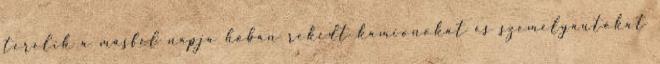
terelik a másfél napja hóban rekedt kamionokat és személyautókat